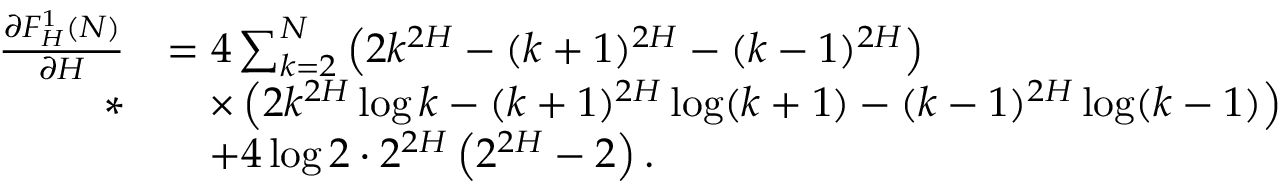
\begin{array} { r l } { \frac { \partial F _ { H } ^ { 1 } ( N ) } { \partial H } } & { = 4 \sum _ { k = 2 } ^ { N } \left( 2 k ^ { 2 H } - ( k + 1 ) ^ { 2 H } - ( k - 1 ) ^ { 2 H } \right) } \\ { * } & { \quad \times \left( 2 k ^ { 2 H } \log k - ( k + 1 ) ^ { 2 H } \log ( k + 1 ) - ( k - 1 ) ^ { 2 H } \log ( k - 1 ) \right) } \\ & { \quad + 4 \log 2 \cdot 2 ^ { 2 H } \left( 2 ^ { 2 H } - 2 \right) . } \end{array}